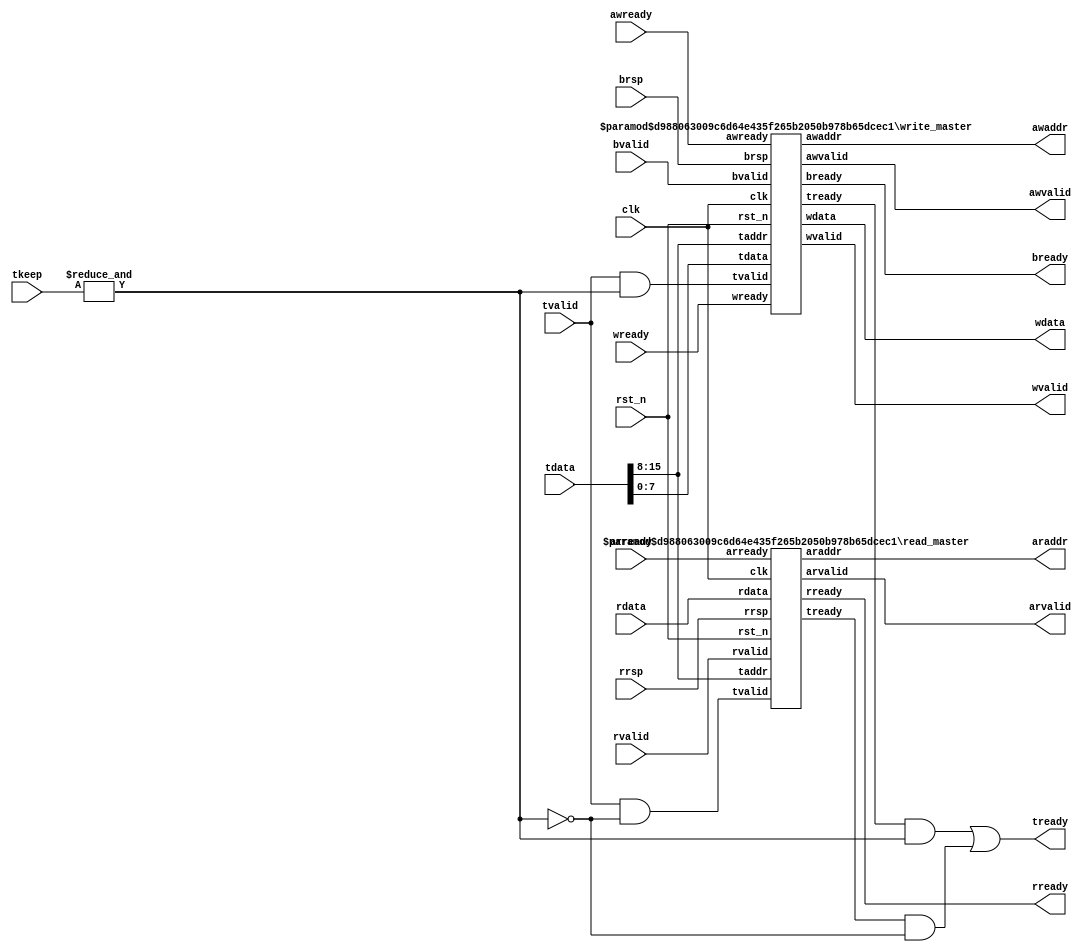
module AXI_lite_master #(
        parameter DATA_WD = 8,
        parameter ADDR_WD = 8,
        parameter DATA_ADDR_BYTE_WD = (DATA_WD + ADDR_WD) >> 3
    ) (
        input                               clk,
        input                               rst_n,

        input                               tvalid,
        input   [ADDR_WD + DATA_WD - 1 : 0] tdata,
        input   [DATA_ADDR_BYTE_WD - 1 : 0] tkeep,
        output                              tready,

        output                              awvalid,
        output  [ADDR_WD - 1 : 0]           awaddr,
        input                               awready,

        output                              wvalid,
        output  [DATA_WD - 1 : 0]           wdata,
        input                               wready,

        input                               bvalid,
        input   [1 : 0]                     brsp,
        output                              bready,

        output                              arvalid,
        output  [ADDR_WD - 1 : 0]           araddr,
        input                               arready,

        input                               rvalid,
        input   [DATA_WD - 1 : 0]           rdata,
        input   [1 : 0]                     rrsp,
        output                              rready  
    );

    // stream demux
    wire write_cmd = &tkeep;

    wire tvalid4w = tvalid && write_cmd;
    wire tvalid4r = tvalid && ~write_cmd;

    wire [DATA_WD - 1 : 0] tdata4w  = tdata[DATA_WD - 1 : 0];
    wire [ADDR_WD - 1 : 0] taddr4w  = tdata[DATA_WD + ADDR_WD - 1 -: ADDR_WD];
    wire [ADDR_WD - 1 : 0] taddr4r  = tdata[DATA_WD + ADDR_WD - 1 -: ADDR_WD];

    wire tready4w;
    wire tready4r;

    assign tready   = (tready4w && write_cmd) || (tready4r && ~write_cmd);

    read_master #(.DATA_WD(DATA_WD), .ADDR_WD(ADDR_WD)) read_master(
        .clk        (clk),
        .rst_n      (rst_n),

        .tvalid     (tvalid4r),
        .taddr      (taddr4r),
        .tready     (tready4r),

        .arvalid    (arvalid),
        .arready    (arready),
        .araddr     (araddr),

        .rvalid     (rvalid),
        .rready     (rready),
        .rdata      (rdata),
        .rrsp       (rrsp)
    );

    write_master #(.DATA_WD(DATA_WD), .ADDR_WD(ADDR_WD)) write_master(
        .clk        (clk),
        .rst_n      (rst_n),

        .tvalid     (tvalid4w),
        .taddr      (taddr4w),
        .tdata      (tdata4w),
        .tready     (tready4w),

        .awvalid    (awvalid),
        .awaddr     (awaddr),
        .awready    (awready),

        .wvalid     (wvalid),
        .wdata      (wdata),
        .wready     (wready),

        .bvalid     (bvalid),
        .bready     (bready),
        .brsp       (brsp)
    );
endmodule

module read_master #(
        parameter DATA_WD = 8,
        parameter ADDR_WD = 8
    ) (
        input                               clk,
        input                               rst_n,

        input                               tvalid,
        input   [ADDR_WD - 1 : 0]           taddr,
        output                              tready,

        output                              arvalid,
        output  [ADDR_WD - 1 : 0]           araddr,
        input                               arready,

        input                               rvalid,
        input   [DATA_WD - 1 : 0]           rdata,
        input   [1 : 0]                     rrsp,
        output                              rready
    );

    reg  [ADDR_WD - 1 : 0]  araddr_r;
    reg                     arvalid_r;
    reg                     rready_r;

    wire t_fire  = tvalid && tready;
    wire ar_fire = arvalid && arready;
    wire r_fire  = rvalid  && rready;

    assign arvalid = arvalid_r;
    assign araddr  = araddr_r;
    assign rready  = rready_r;

    wire hs_rrsp_pending = rvalid && !rready;

    assign tready = !hs_rrsp_pending;

    always @(posedge clk or negedge rst_n) begin
        if (~rst_n) begin
            arvalid_r  <= 'b0;
            araddr_r <= 'b0;
            rready_r <= 'b0;
        end
        else begin
            if (ar_fire) begin
                arvalid_r <= 1'b0;
            end
            if (r_fire) begin
                rready_r <= 1'b0;
            end
            if (ar_fire) begin
                rready_r <= 1'b1;
            end
            if (t_fire) begin
                arvalid_r <= 1'b1;
                araddr_r  <= taddr;
            end
        end
    end
endmodule

module write_master #(
        parameter DATA_WD = 8,
        parameter ADDR_WD = 8
    ) (
        input                               clk,
        input                               rst_n,

        input                               tvalid,
        input   [DATA_WD - 1 : 0]           tdata,
        input   [ADDR_WD - 1 : 0]           taddr,
        output                              tready,

        output                              awvalid,
        output  [ADDR_WD - 1 : 0]           awaddr,
        input                               awready,

        output                              wvalid,
        output  [DATA_WD - 1 : 0]           wdata,
        input                               wready,

        input                               bvalid,
        input   [1 : 0]                     brsp,
        output                              bready
    );

    reg [ADDR_WD - 1 : 0]   awaddr_r;
    reg                     awvalid_r;
    reg                     wvalid_r;
    reg [DATA_WD - 1 : 0]   wdata_r;
    reg                     bready_r;

    reg                     aw_fired;
    reg                     w_fired;

    wire t_fire  = tvalid && tready;
    wire aw_fire = awvalid && awready;
    wire w_fire  = wvalid && wready;
    wire b_fire  = bvalid && bready;

    wire hs_brsp_pending = bvalid && !bready;

    assign tready = !hs_brsp_pending;

    assign awvalid = awvalid_r;
    assign awaddr  = awaddr_r;
    assign wvalid  = wvalid_r;
    assign wdata   = wdata_r;
    assign bready  = bready_r; 

    always @(posedge clk or negedge rst_n) begin
        if (~rst_n) begin
            aw_fired  <= 'b0;
            w_fired   <= 'b0;

            awvalid_r <= 'b0;
            awaddr_r  <= 'b0;
            wvalid_r  <= 'b0;
            wdata_r   <= 'b0;
            bready_r  <= 'b0;
        end
        else begin
            if (aw_fire) begin
                aw_fired <= 1'b1;
                awvalid_r<= 1'b0;
            end
            if (w_fire) begin
                w_fired  <= 1'b1;
                wvalid_r <= 1'b0;
            end
            if (t_fire) begin
                awvalid_r <= 1'b1;
                wvalid_r  <= 1'b1;
                awaddr_r  <= taddr;
                wdata_r   <= tdata;
            end
            if (aw_fire && w_fire) begin
                bready_r <= 1'b1;
            end
            else if (aw_fired && w_fire) begin
                bready_r <= 1'b1;
            end
            else if (aw_fire && w_fired) begin
                bready_r <= 1'b1;
            end
        end
    end
endmodule